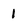
Character: 1